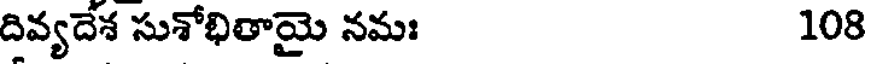
దివ్యదేశ సుశోభితాయై నమః 108